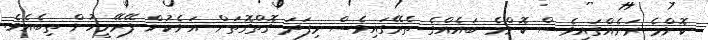
ކޮންމެ ރަށެއްގައިވެސް ކޮންމެ ބައެއްގެ ތެރޭގައިވެސް މިފަދަ ގޮތްގޮތަށް އަނެކުން ފޭރޭމީހުން ތިބެއެވެ.